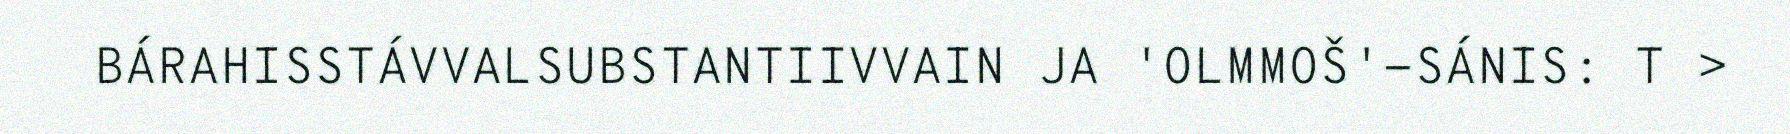
BÁRAHISSTÁVVALSUBSTANTIIVVAIN JA 'OLMMOŠ'-SÁNIS: T >